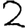
Digit: 2